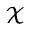
\mathcal { X }